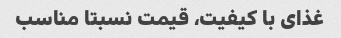
غذای با کیفیت، قیمت نسبتا مناسب